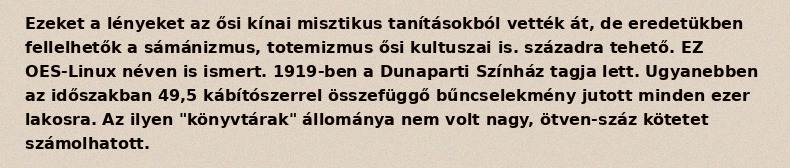
Ezeket a lényeket az ősi kínai misztikus tanításokból vették át, de eredetükben fellelhetők a sámánizmus, totemizmus ősi kultuszai is. századra tehető. EZ OES-Linux néven is ismert. 1919-ben a Dunaparti Színház tagja lett. Ugyanebben az időszakban 49,5 kábítószerrel összefüggő bűncselekmény jutott minden ezer lakosra. Az ilyen "könyvtárak" állománya nem volt nagy, ötven-száz kötetet számolhatott.